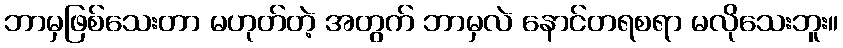
ဘာမှဖြစ်သေးတာ မဟုတ်တဲ့ အတွက် ဘာမှလဲ နောင်တရစရာ မလိုသေးဘူး။